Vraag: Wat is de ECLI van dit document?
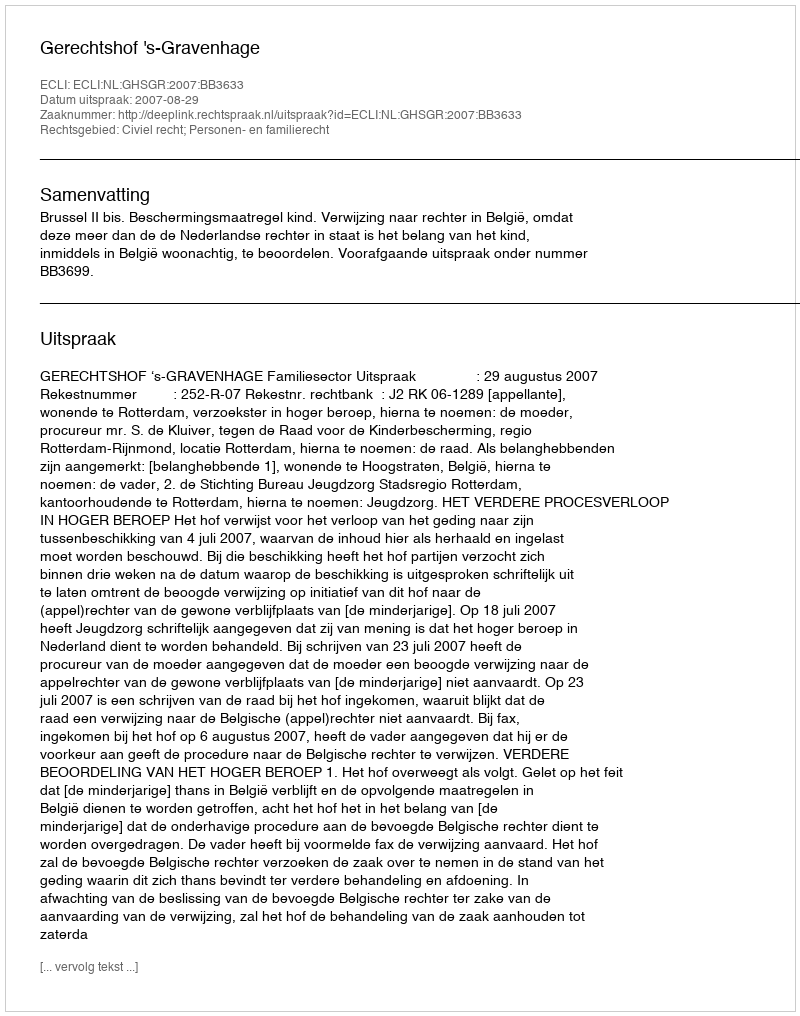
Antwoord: ECLI:NL:GHSGR:2007:BB3633